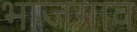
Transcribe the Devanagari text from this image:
भाजगाव